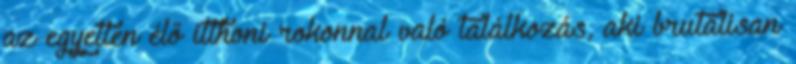
az egyetlen élő itthoni rokonnal való találkozás, aki brutálisan